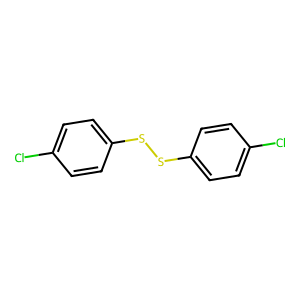
SMILES: Clc1ccc(SSc2ccc(Cl)cc2)cc1
Inhibits HIV replication: No